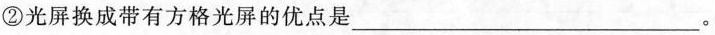
②光屏换成带有方格光屏的优点是___。